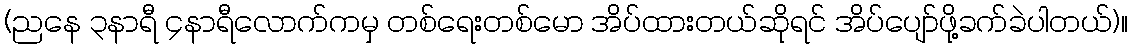
(ညနေ ၃နာရီ ၄နာရီလောက်ကမှ တစ်ရေးတစ်မော အိပ်ထားတယ်ဆိုရင် အိပ်ပျော်ဖို့ခက်ခဲပါတယ်)။